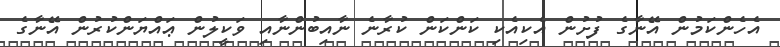
އެހެންކަމުން އޭނާގެ ފުށުން އެކިއެކި ކަންކަން ކުރާނެ ނާއިބުންނާއި ވަކީލުން ޢައްޔަންކުރުން އޭނާގެ